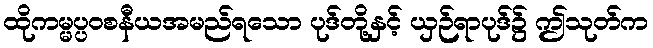
ထိုကမ္မပ္ပဝစနီယအမည်ရသော ပုဒ်တို့နှင့် ယှဉ်ရာပုဒ်၌ ဤသုတ်က